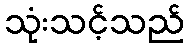
သုံးသင့်သည်